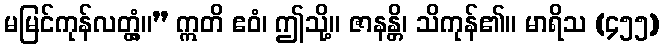
မမြင်ကုန်လတ္တံ့။” ဣတိ ဧဝံ၊ ဤသို့။ ဇာနန္တိ၊ သိကုန်၏။ မာရိသ (၄၅၅)